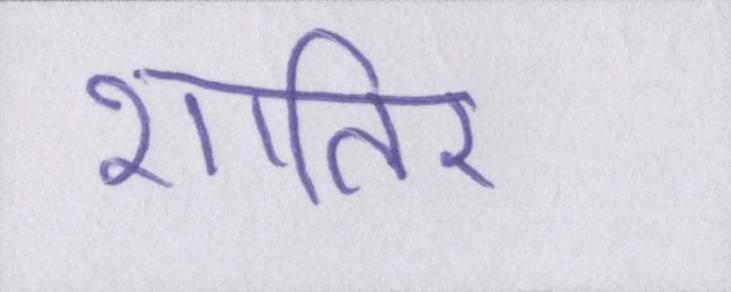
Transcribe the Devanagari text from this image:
शातिर